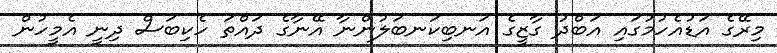
މިރޭގެ އަޑުއެހުމުގައި އަބްދު ގާޒީގެ އަނބިކަނބަލުންނާ އޭނާގެ ދައްތަ ހެކިބަސް ދިނީ އެމީހުން